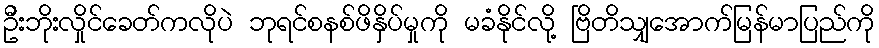
ဦးဘိုးလှိုင်ခေတ်ကလိုပဲ ဘုရင်စနစ်ဖိနှိပ်မှုကို မခံနိုင်လို့ ဗြိတိသျှအောက်မြန်မာပြည်ကို